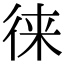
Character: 徕